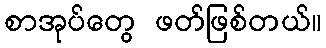
စာအုပ်တွေ ဖတ်ဖြစ်တယ်။